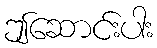
ဤဆောင်းပါး